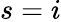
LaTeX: s=i